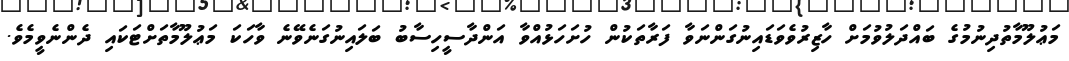
މަޢުލޫމާތުދިނުމުގެ ބައްދަލުވުމަށް ހާޒިރުވެވަޑައިނުގަންނަވާ ފަރާތަކުން ހުށަހަޅުއްވާ އަންދާސީހިސާބު ބަލައިނުގަނެވޭނެ ވާހަކަ މަޢުލޫމާތަށްޓަކައި ދެންނެވީމެވެ.